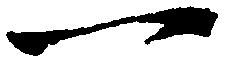
一